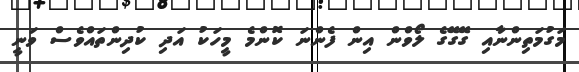
މަގުމަތިންނާއި ގޭގޭގެ ލޯވްން އިން ފެންނަ ކޮންމެ މީހަކު އަދި ކުދިންތައްވެސް ވަނީ